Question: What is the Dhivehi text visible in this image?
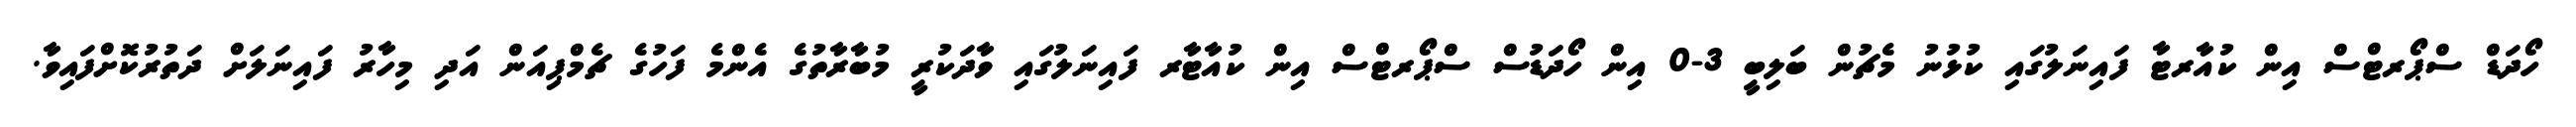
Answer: ހޯދަޑް ސްޕޯރޓްސް އިން ކުއާރޓާ ފައިނަލުގައި ކުޅުނު މެޗުން ބަލިބީ 3-0 އިން ހޯދަޑުސް ސްޕޯރޓްސް އިން ކުއާޓާރ ފައިނަލުގައި ވާދަކުރީ މުބާރާތުގެ އެންމެ ފަހުގެ ޗެމްޕިއަން އަދި މިހާރު ފައިނަލަށް ދަތުރުކޮށްފައިވާ.